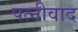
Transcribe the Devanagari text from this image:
पत्नीवाद